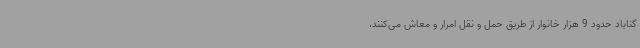
گناباد حدود 9 هزار خانوار از طریق حمل و نقل امرار و معاش می‌کنند،